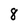
Character: 8